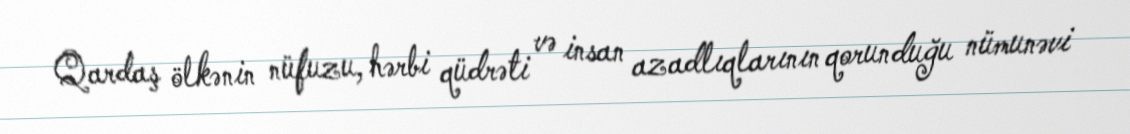
Qardaş ölkənin nüfuzu, hərbi qüdrəti və insan azadlıqlarının qorunduğu nümunəvi